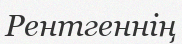
Рентгеннің